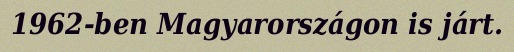
1962-ben Magyarországon is járt.